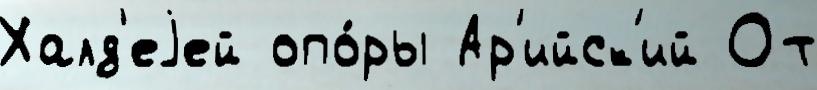
Халд'еjей опо́ры Ар'ийск'ий От